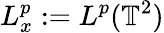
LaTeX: L_{x}^{p}:=L^{p}(\mathbb{T}^{2})